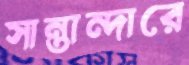
সান্তান্দারে